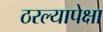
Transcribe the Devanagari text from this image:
ठरल्यापेक्षा